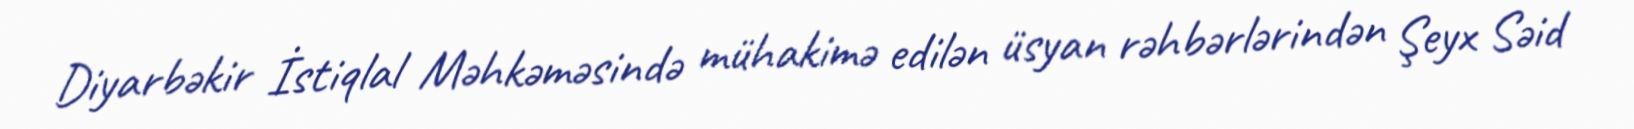
Diyarbəkir İstiqlal Məhkəməsində mühakimə edilən üsyan rəhbərlərindən Şeyx Səid